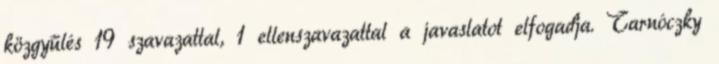
közgyűlés 19 szavazattal, 1 ellenszavazattal a javaslatot elfogadja. Tarnóczky